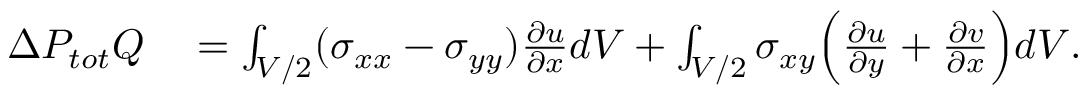
\begin{array} { r l } { \Delta P _ { t o t } Q } & { { } = \int _ { V / 2 } ( \sigma _ { x x } - \sigma _ { y y } ) \frac { \partial u } { \partial x } d V + \int _ { V / 2 } \sigma _ { x y } \Bigl ( \frac { \partial u } { \partial y } + \frac { \partial v } { \partial x } \Bigr ) d V . } \end{array}